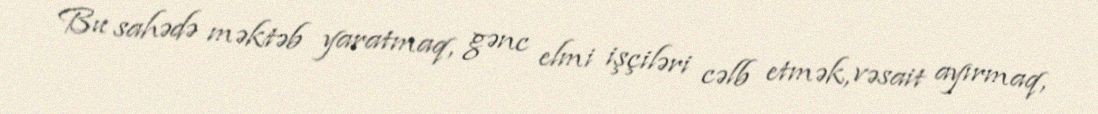
Bu sahədə məktəb yaratmaq, gənc elmi işçiləri cəlb etmək, vəsait ayırmaq,